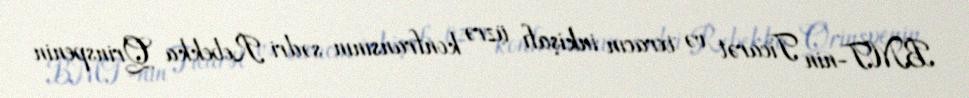
BMT-nin Ticarət və ixracın inkişafı üzrə konfransının sədri Rebekka Qrinspenin